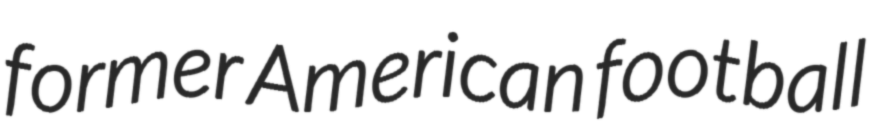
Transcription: former American football